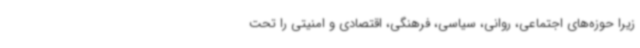
زیرا حوزه‌های اجتماعی، روانی، سیاسی، فرهنگی، اقتصادی و امنیتی را تحت